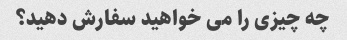
چه چیزی را می خواهید سفارش دهید؟